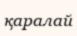
қаралай